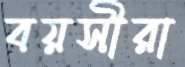
বয়সীরা